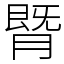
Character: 䐴